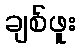
ချစ်ဖူး